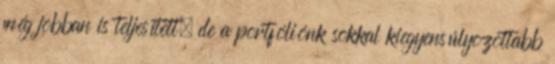
még jobban is teljesített, de a portfóliónk sokkal kiegyensúlyozottabb